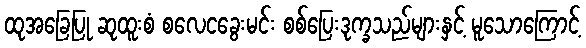
ထုအခြေပြု ဆုထူးစံ စလေငခွေးမင်း စစ်ပြေးဒုက္ခသည်များနှင့် မူသောကြောင့်